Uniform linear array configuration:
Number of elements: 64
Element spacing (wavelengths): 0.25
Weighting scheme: cosine
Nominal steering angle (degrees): -45
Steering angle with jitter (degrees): -45.21
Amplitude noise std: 0.05
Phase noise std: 0.05

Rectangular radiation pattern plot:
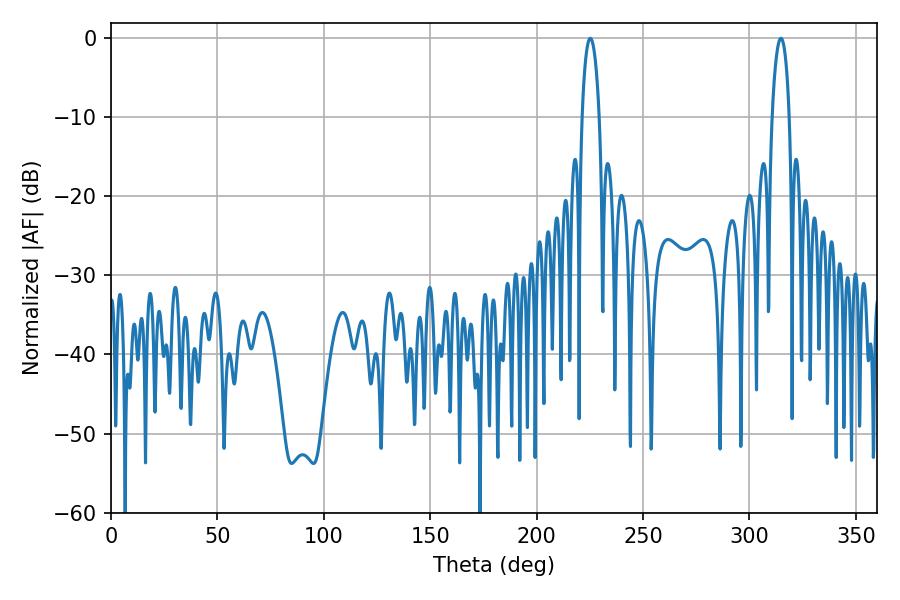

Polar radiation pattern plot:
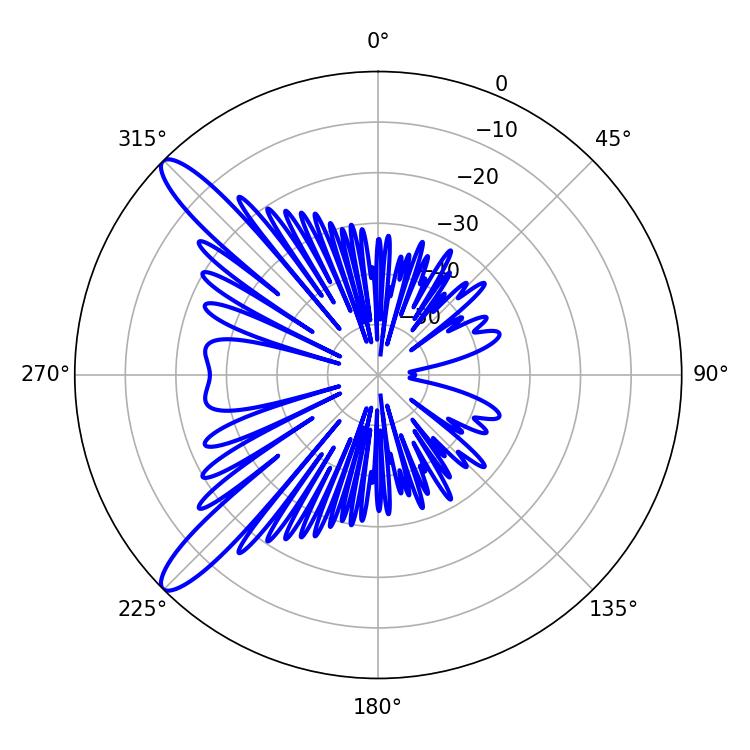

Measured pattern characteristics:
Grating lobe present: FALSE
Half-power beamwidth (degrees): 4.5
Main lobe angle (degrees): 225.18